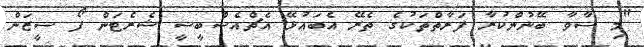
"މި ސާވާ ބޭނުންކުރާ ފަރާތްތަކުގެ ތެރޭ އެބައުޅޭ އެޗްއެސްބީސީ ޝެރެޓަން ފޯ ސީޒަން